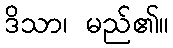
ဒိသာ၊ မည်၏။